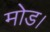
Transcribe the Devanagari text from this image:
मोड।